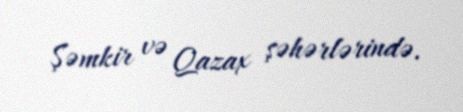
Şəmkir və Qazax şəhərlərində.